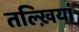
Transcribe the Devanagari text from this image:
तल्ख़ियां